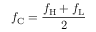
f _ { \mathrm { C } } = { \frac { f _ { \mathrm { H } } + f _ { \mathrm { L } } } { 2 } }